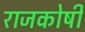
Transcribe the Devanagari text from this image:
राजकोषी